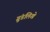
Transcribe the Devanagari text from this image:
ग्रुंडलिखे